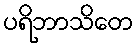
ပရိဘာသိတေ